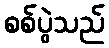
စစ်ပွဲသည်